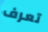
تعرف